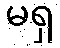
မရှ